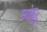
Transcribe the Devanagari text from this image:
मोलिं